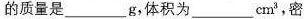
的质量是___g，体积为___cm^{3}，密